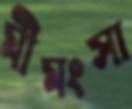
মীমংসা